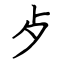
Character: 歺